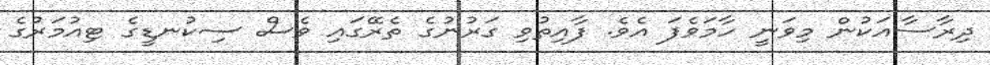
ދިރާސާއަކުން މިވަނީ ހާމަވެފަ އެވެ. ފާއިތުވި ގަރުނުގެ ތެރޭގައި ވެސް ސިކުނޑީގެ ޓިއުމަރުގެ